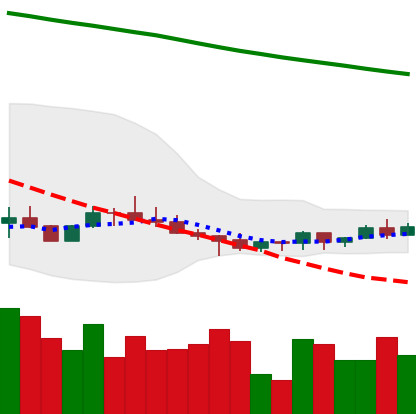
Ticker: ADA-USD
Chart end date: 2022-07-09
Forward return: -7.882%
Label: down_7plus